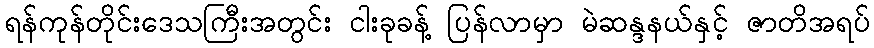
ရန်ကုန်တိုင်းဒေသကြီးအတွင်း ငါးခုခန့် ပြန်လာမှာ မဲဆန္ဒနယ်နှင့် ဇာတိအရပ်